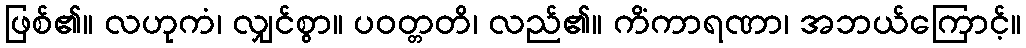
ဖြစ်၏။ လဟုကံ၊ လျှင်စွာ။ ပဝတ္တတိ၊ လည်၏။ ကိံကာရဏာ၊ အဘယ်ကြောင့်။